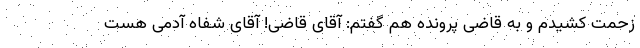
زحمت کشیدم و به قاضی پرونده هم گفتم: آقای قاضی! آقای شفاه آدمی هست